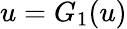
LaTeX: u=G_{1}(u)